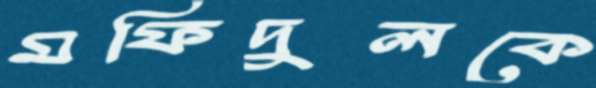
মফিদুলকে